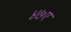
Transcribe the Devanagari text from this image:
४७ए